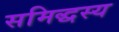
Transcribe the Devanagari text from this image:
समिद्धस्य